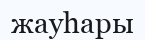
жауһары